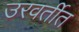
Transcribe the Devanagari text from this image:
उरवर्तीत